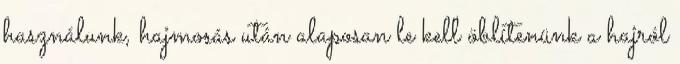
használunk, hajmosás után alaposan le kell öblítenünk a hajról